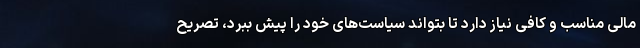
مالی مناسب و کافی نیاز دارد تا بتواند سیاست‌های خود را پیش ببرد، تصریح